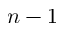
n - 1